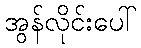
အွန်လိုင်းပေါ်